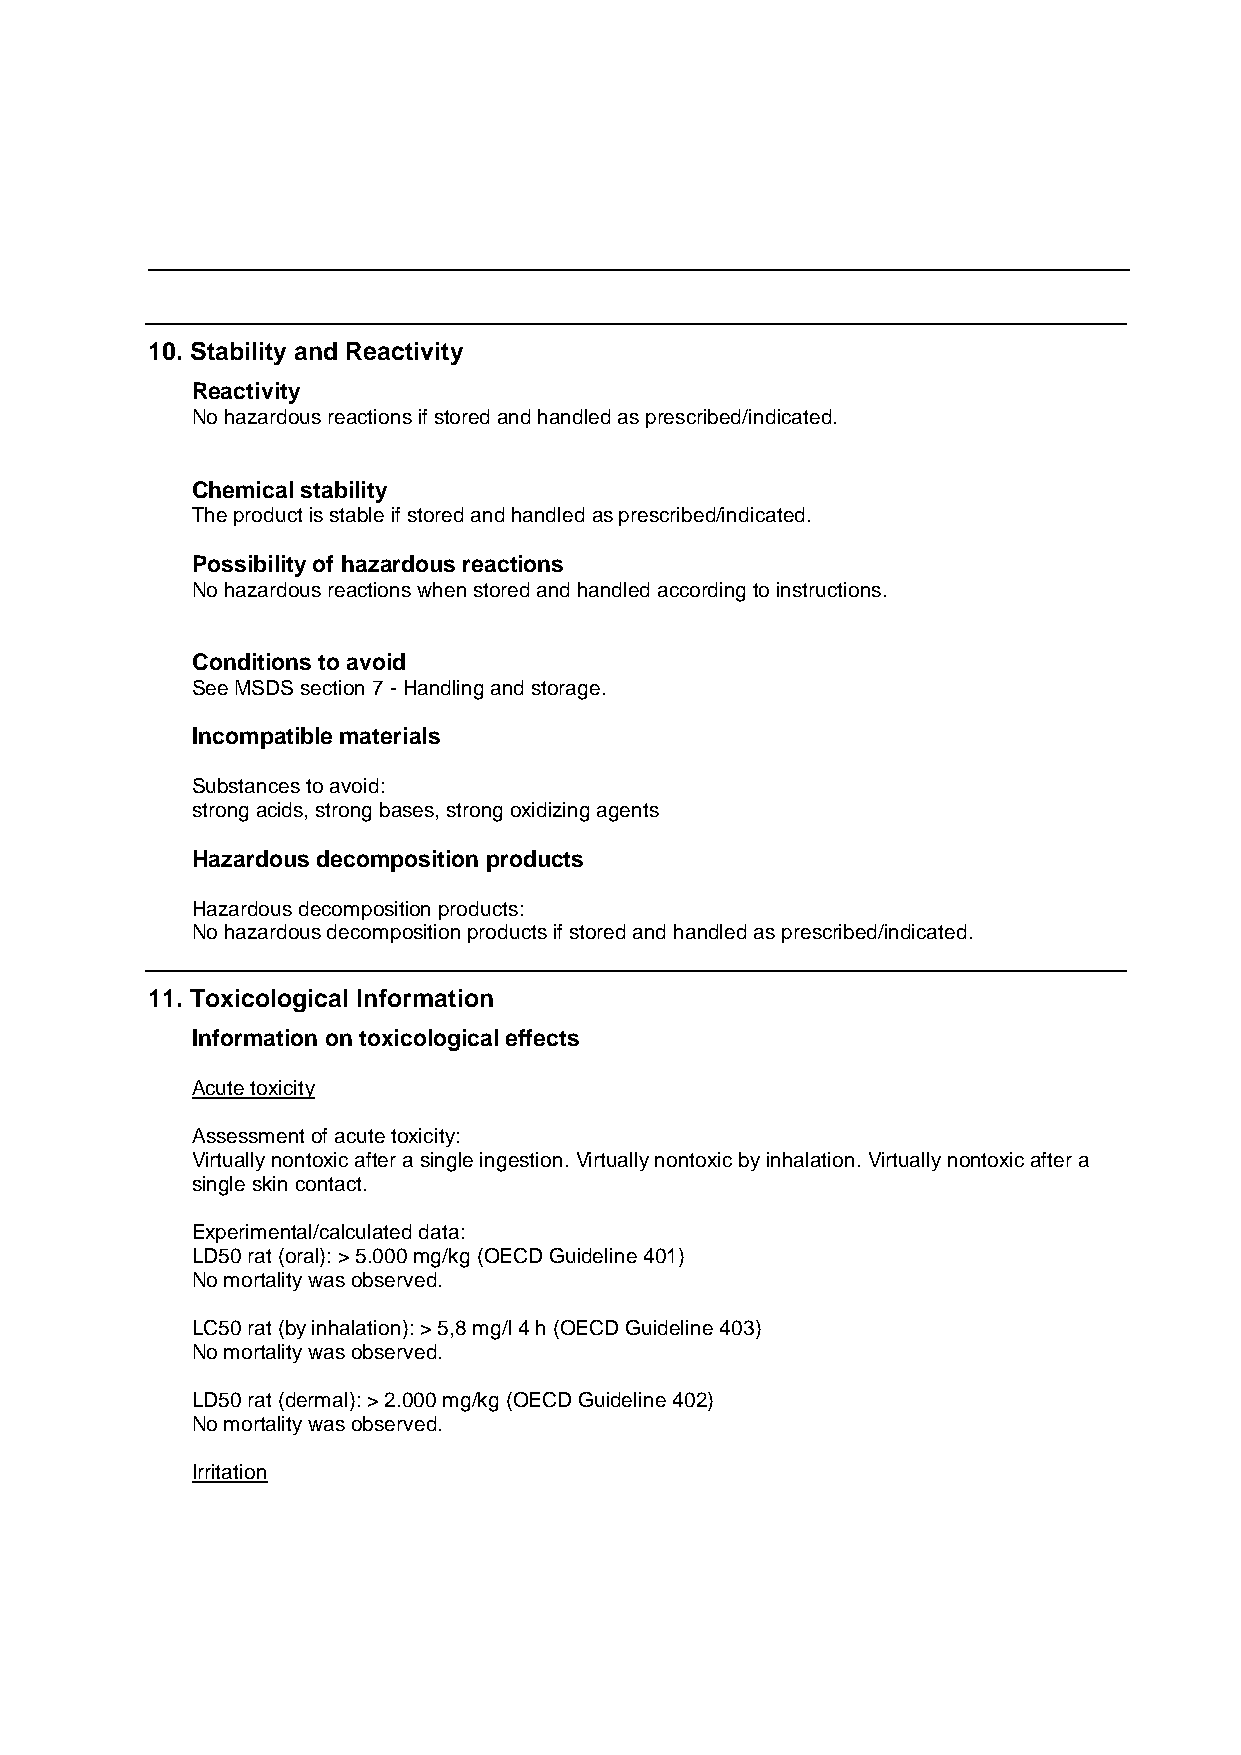
10. Stability and Reactivity
 Reactivity
 No hazardous reactions if stored and handled as prescribed/indicated.
 Chemical stability
 The product is stable if stored and handled as prescribed/indicated.
 Possibility of hazardous reactions
 No hazardous reactions when stored and handled according to instructions.
 Conditions to avoid
 See MSDS section 7 - Handling and storage.
 Incompatible materials
 Substances to avoid:
 strong acids, strong bases, strong oxidizing agents
 Hazardous decomposition products
 Hazardous decomposition products:
 No hazardous decomposition products if stored and handled as prescribed/indicated.
 11. Toxicological Information
 Information on toxicological effects
 Acute toxicity
 Assessment of acute toxicity:
 Virtually nontoxic after a single ingestion. Virtually nontoxic by inhalation. Virtually nontoxic after a
 single skin contact.
 Experimental/calculated data:
 LD50 rat (oral): > 5.000 mg/kg (OECD Guideline 401)
 No mortality was observed.
 LC50 rat (by inhalation): > 5,8 mg/l 4 h (OECD Guideline 403)
 No mortality was observed.
 LD50 rat (dermal): > 2.000 mg/kg (OECD Guideline 402)
 No mortality was observed.
 Irritation